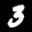
Label: 3